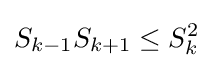
S_{k-1}S_{k+1}\leq S_{k}^{2}